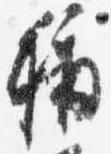
称